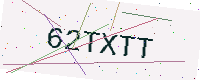
Text: 62TXTT